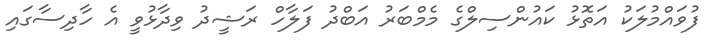
ފުވައްމުލަކު އަތޮޅު ކައުންސިލްގެ މެމްބަރު އަބްދު ފަލާހް ރަޝީދު ވިދާޅުވީ އެ ހާދިސާގައި